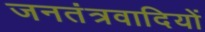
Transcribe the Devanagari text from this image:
जनतंत्रवादियों